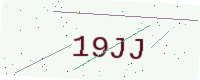
Text: 19JJ